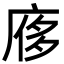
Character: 㢋